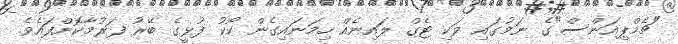
"ޗެމްޕިއަންސް"ގެ ނަމުގައި ވަކި ޓެގް ލައިނެއް ހިމަނައިގެން ކޯކު ފުޅީގެ ބޭރު ފަރުމާކޮށްފައެވެ.